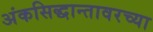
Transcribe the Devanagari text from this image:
अंकसिद्धान्तावरच्या